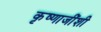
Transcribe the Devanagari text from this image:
कृष्णाजींशी